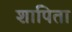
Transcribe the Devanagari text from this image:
शापिता